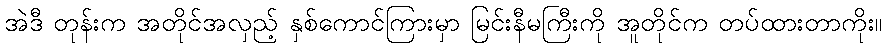
အဲဒီ တုန်းက အတိုင်အလှည့် နှစ်ကောင်ကြားမှာ မြင်းနီမကြီးကို အူတိုင်က တပ်ထားတာကိုး။